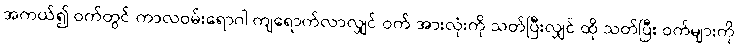
အကယ်၍ ဝက်တွင် ကာလဝမ်းရောဂါ ကျရောက်လာလျှင် ဝက် အားလုံးကို သတ်ပြီးလျှင် ထို သတ်ပြီး ဝက်များကို